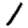
Digit: 1